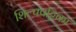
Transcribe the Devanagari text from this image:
शिल्पपट्टिका